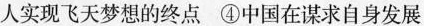
人实现飞天梦想的终点 ④中国在谋求自身发展